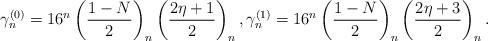
LaTeX: \begin{align*}\gamma_n^{(0)} = 16^n \left(\frac{1-N}{2}\right)_n\left(\frac{2\eta+1}{2}\right)_n,\gamma_n^{(1)} = 16^n \left(\frac{1-N}{2}\right)_n\left(\frac{2\eta+3}{2}\right)_n.\end{align*}